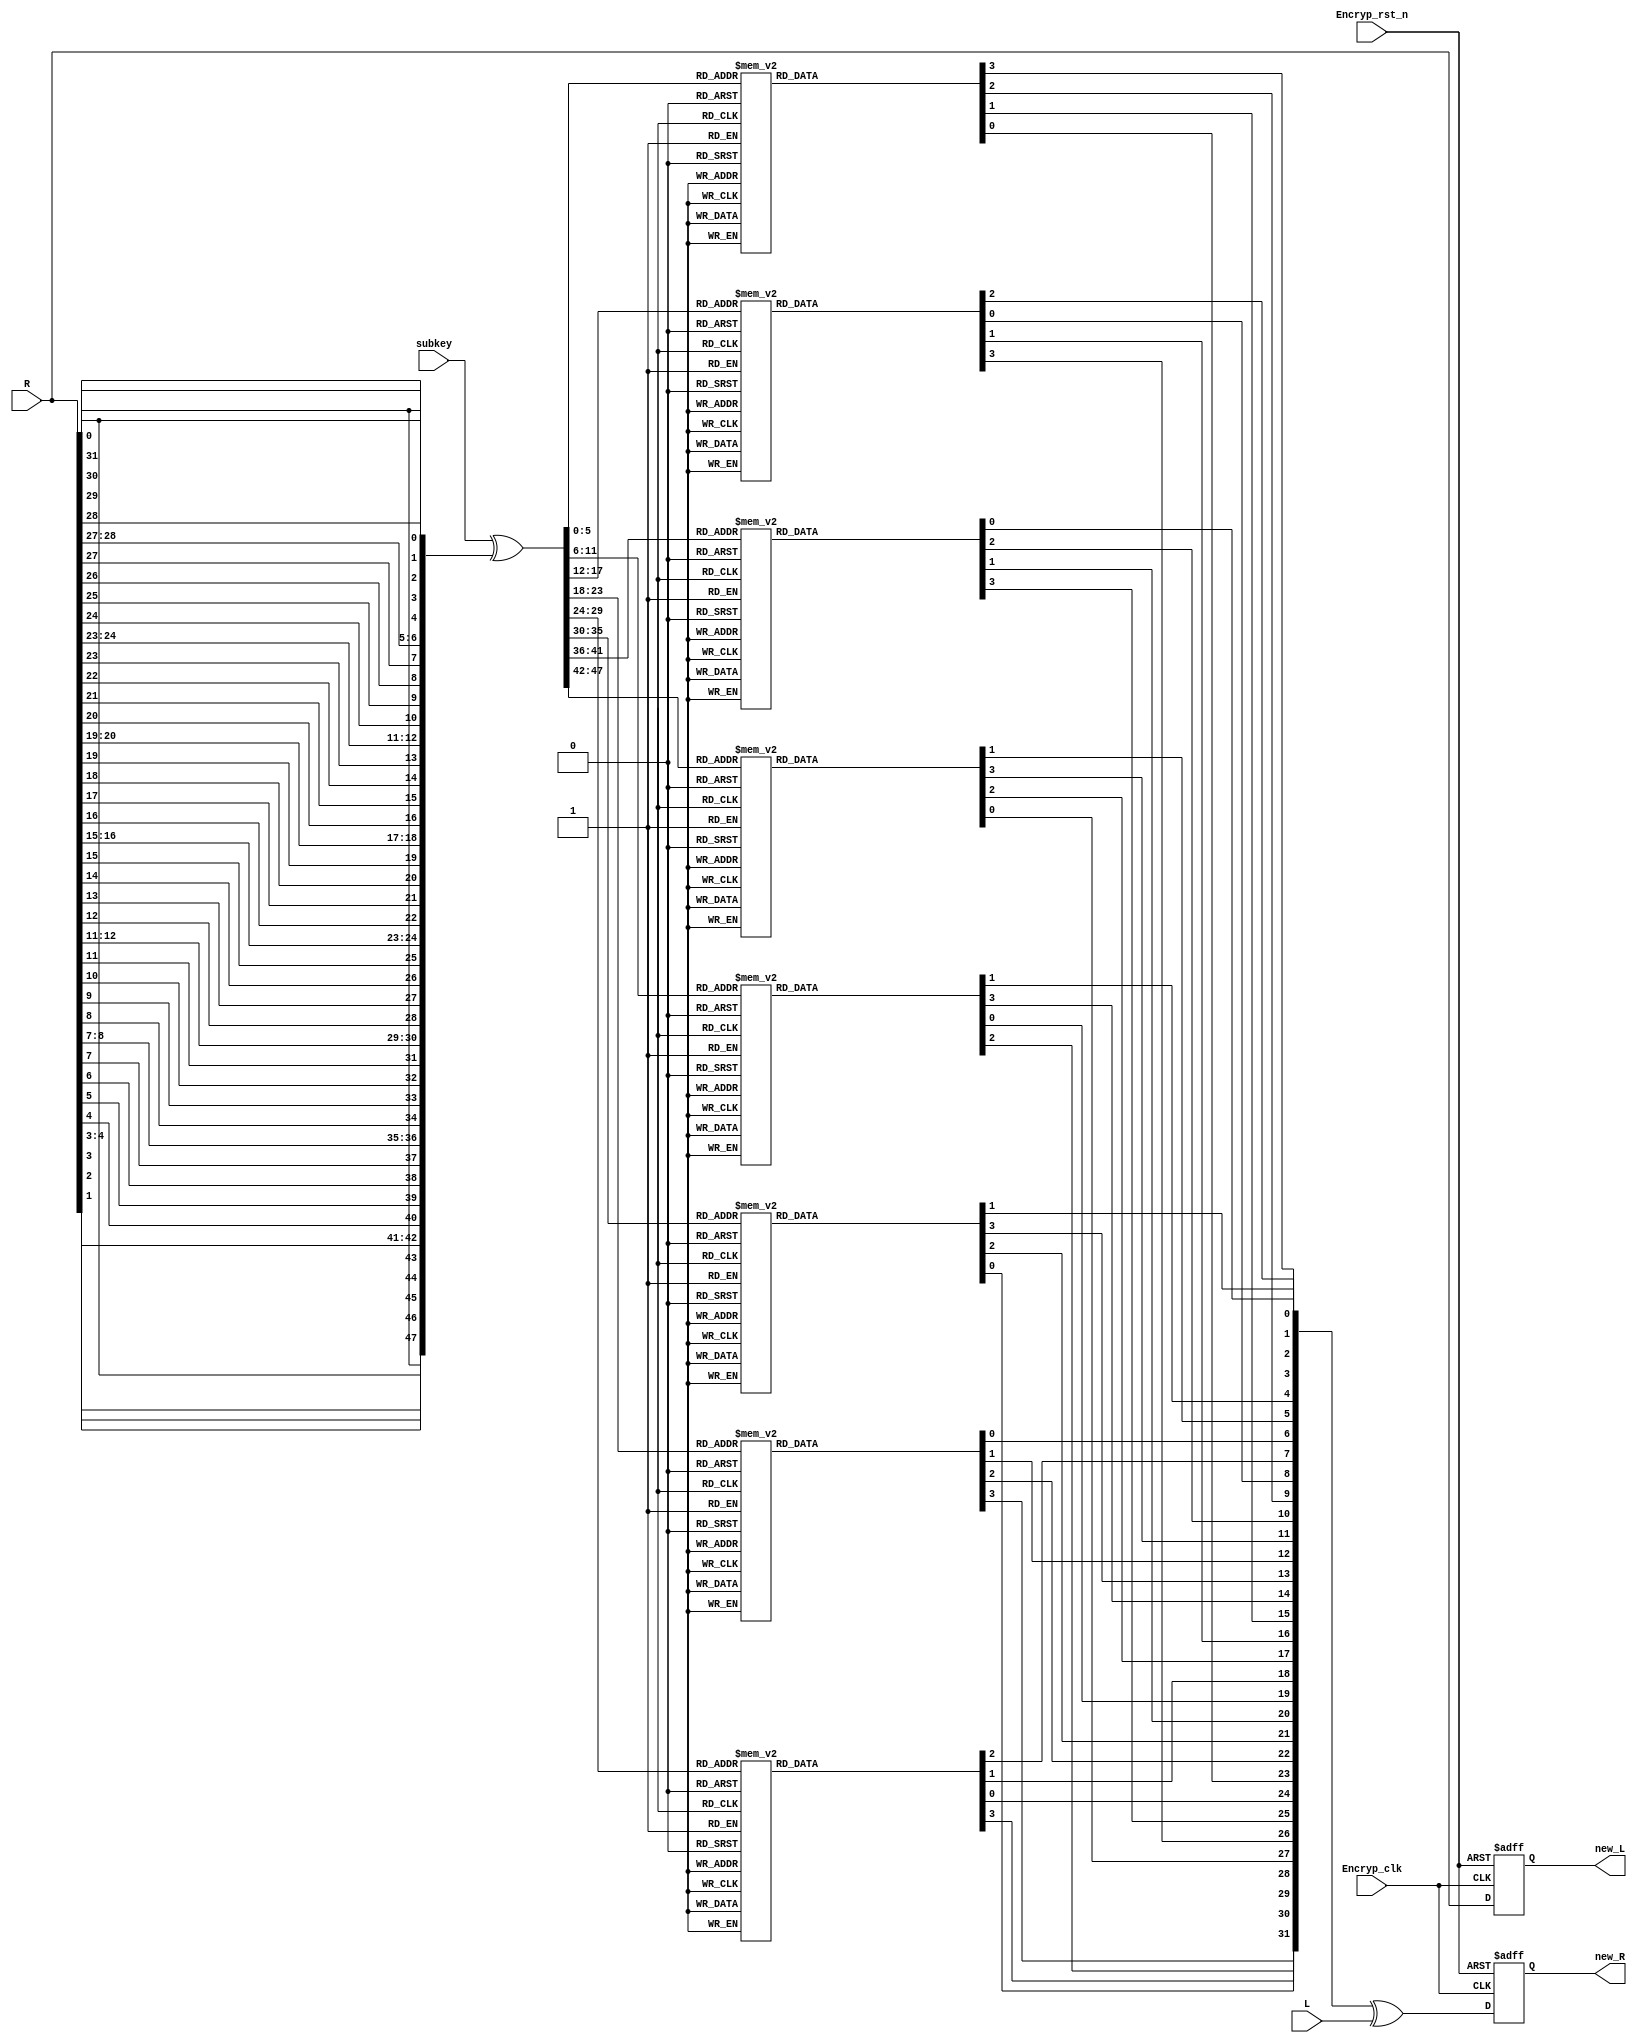
`timescale 1ns / 1ps
//////////////////////////////////////////////////////////////////////////////////
// Company: 
// Engineer: 
// 
// Design Name: 
// Module Name:    Encryption 
// Project Name: 
// Target Devices: 
// Tool versions: 
// Description: 
//
// Dependencies: 
//
// Revision: 
// Revision 0.01 - File Created
// Additional Comments: 
//
//////////////////////////////////////////////////////////////////////////////////
module Encryption(
    input [32:1] L,  //connected to the firstchangedout [63:32]
    input [32:1] R,  //connected to the firstchangedout [31:0 ]
    input [48:1] subkey,  //connected to the subkey_out [47:0 ]
    input Encryp_clk,     //same to the subkey_clk
    input Encryp_rst_n,   //same to the subkey_rst_n
//  input En,            //work controler
    output reg [32:1] new_R,
    output reg [32:1] new_L
    );
    


wire [48:1] Expend_R_out;
wire [48:1] subkey_xor_Expend_R;

/*Expend the R from 32bit to 48 bit*/
 assign Expend_R_out = { R[32],R[1] ,R[2] ,R[3] ,R[4] ,R[5],
		                    R[4] ,R[5] ,R[6] ,R[7] ,R[8] ,R[9],
								        R[8] ,R[9] ,R[10],R[11],R[12],R[13],
								        R[12],R[13],R[14],R[15],R[16],R[17],
								        R[16],R[17],R[18],R[19],R[20],R[21],
								        R[20],R[21],R[22],R[23],R[24],R[25],
								        R[24],R[25],R[26],R[27],R[28],R[29],
								        R[28],R[29],R[30],R[31],R[32],R[1] };
/*subkey xor Expend_R*/								        
assign subkey_xor_Expend_R = (subkey ^ Expend_R_out);
								        
/*devide subkey_xor_Expend_R into 8 group*/
wire [6:1] S_xor_R_1;
wire [6:1] S_xor_R_2;
wire [6:1] S_xor_R_3;
wire [6:1] S_xor_R_4;
wire [6:1] S_xor_R_5;
wire [6:1] S_xor_R_6;
wire [6:1] S_xor_R_7;
wire [6:1] S_xor_R_8;
assign {S_xor_R_1,S_xor_R_2,S_xor_R_3,S_xor_R_4,S_xor_R_5,S_xor_R_6,S_xor_R_7,S_xor_R_8} = subkey_xor_Expend_R[48:1];

/*8 s change array parameters
reg [4:1] s1 [1:64] = {4'd14,4'd4 ,4'd13,4'd1 ,4'd2 ,4'd15,4'd11,4'd8 ,4'd3 ,4'd10,4'd6 ,4'd12,4'd5 ,4'd9 ,4'd0 ,4'd7 ,
                            4'd0 ,4'd15,4'd7 ,4'd4 ,4'd14,4'd2 ,4'd13,4'd1 ,4'd10,4'd6 ,4'd12,4'd11,4'd9 ,4'd5 ,4'd3 ,4'd8 ,
							              4'd4 ,4'd1 ,4'd14,4'd8 ,4'd13,4'd6 ,4'd2 ,4'd11,4'd15,4'd12,4'd9 ,4'd7 ,4'd3 ,4'd10,4'd5 ,4'd0 ,
							              4'd15,4'd12,4'd8 ,4'd2 ,4'd4 ,4'd9 ,4'd1 ,4'd7 ,4'd5 ,4'd11,4'd3 ,4'd14,4'd10,4'd0 ,4'd6 ,4'd13 };

reg [4:1] s2 [1:64] = {4'd15,4'd1 ,4'd8 ,4'd14,4'd6 ,4'd11,4'd3 ,4'd4 ,4'd9 ,4'd7 ,4'd2 ,4'd13,4'd12,4'd0 ,4'd5 ,4'd10,
                            4'd3 ,4'd13,4'd4 ,4'd7 ,4'd15,4'd2 ,4'd8 ,4'd14,4'd12,4'd0 ,4'd1 ,4'd10,4'd6 ,4'd9 ,4'd11,4'd5 ,
                            4'd0 ,4'd14,4'd7 ,4'd11,4'd10,4'd4 ,4'd13,4'd1 ,4'd5 ,4'd8 ,4'd12,4'd6 ,4'd9 ,4'd3 ,4'd2 ,4'd15,
                            4'd13,4'd8 ,4'd10,4'd1 ,4'd3 ,4'd15,4'd4 ,4'd2 ,4'd11,4'd6 ,4'd7 ,4'd12,4'd0 ,4'd5 ,4'd14,4'd9  };

reg [4:1] s3 [1:64] = {4'd10,4'd0 ,4'd9 ,4'd14,4'd6 ,4'd3 ,4'd15,4'd5 ,4'd1 ,4'd13,4'd12,4'd7 ,4'd11,4'd4 ,4'd2 ,4'd8 ,
                            4'd13,4'd7 ,4'd0 ,4'd9 ,4'd3 ,4'd4 ,4'd6 ,4'd10,4'd2 ,4'd8 ,4'd5 ,4'd14,4'd12,4'd11,4'd15,4'd1 ,
                            4'd13,4'd6 ,4'd4 ,4'd9 ,4'd8 ,4'd15,4'd3 ,4'd0 ,4'd11,4'd1 ,4'd2 ,4'd12,4'd5 ,4'd10,4'd14,4'd7 ,
                            4'd1 ,4'd10,4'd13,4'd0 ,4'd6 ,4'd9 ,4'd8 ,4'd7 ,4'd4 ,4'd15,4'd14,4'd3 ,4'd11,4'd5 ,4'd2 ,4'd12 };

reg [4:1] s4 [1:64] = {4'd7 ,4'd13,4'd14,4'd3 ,4'd0 ,4'd6 ,4'd9 ,4'd10,4'd1 ,4'd2 ,4'd8 ,4'd5 ,4'd11,4'd12,4'd4 ,4'd15,
                            4'd13,4'd8 ,4'd11,4'd5 ,4'd6 ,4'd15,4'd0 ,4'd3 ,4'd4 ,4'd7 ,4'd2 ,4'd12,4'd1 ,4'd10,4'd14,4'd9 ,
                            4'd10,4'd6 ,4'd9 ,4'd0 ,4'd12,4'd11,4'd7 ,4'd13,4'd15,4'd1 ,4'd3 ,4'd14,4'd5 ,4'd2 ,4'd8 ,4'd4 ,
                            4'd3 ,4'd15,4'd0 ,4'd6 ,4'd10,4'd1 ,4'd13,4'd8 ,4'd9 ,4'd4 ,4'd5 ,4'd11,4'd12,4'd7 ,4'd2 ,4'd14 };

reg [4:1] s5 [1:64] = {4'd2 ,4'd12,4'd4 ,4'd1 ,4'd7 ,4'd10,4'd11,4'd6 ,4'd8 ,4'd5 ,4'd3 ,4'd15,4'd13,4'd0 ,4'd14,4'd9 ,
                            4'd14,4'd11,4'd2 ,4'd12,4'd4 ,4'd7 ,4'd13,4'd1 ,4'd5 ,4'd0 ,4'd15,4'd10,4'd3 ,4'd9 ,4'd8 ,4'd6 ,
                            4'd4 ,4'd2 ,4'd1 ,4'd11,4'd10,4'd13,4'd7 ,4'd8 ,4'd15,4'd9 ,4'd12,4'd5 ,4'd6 ,4'd3 ,4'd0 ,4'd14,
                            4'd11,4'd8 ,4'd12,4'd7 ,4'd1 ,4'd14,4'd2 ,4'd13,4'd6 ,4'd15,4'd0 ,4'd9 ,4'd10,4'd4 ,4'd5 ,4'd3  };

reg [4:1] s6 [1:64] = {4'd12,4'd1 ,4'd10,4'd15,4'd9 ,4'd2 ,4'd6 ,4'd8 ,4'd0 ,4'd13,4'd3 ,4'd4 ,4'd14,4'd7 ,4'd5 ,4'd11,
                            4'd10,4'd15,4'd4 ,4'd2 ,4'd7 ,4'd12,4'd9 ,4'd5 ,4'd6 ,4'd1 ,4'd13,4'd14,4'd0 ,4'd11,4'd3 ,4'd8 ,
                            4'd9 ,4'd14,4'd15,4'd5 ,4'd2 ,4'd8 ,4'd12,4'd3 ,4'd7 ,4'd0 ,4'd4 ,4'd10,4'd1 ,4'd13,4'd11,4'd6 ,
                            4'd4 ,4'd3 ,4'd2 ,4'd12,4'd9 ,4'd5 ,4'd15,4'd10,4'd11,4'd14,4'd1 ,4'd7 ,4'd6 ,4'd0 ,4'd8 ,4'd13 };							  

reg [4:1] s7 [1:64] = {4'd4 ,4'd11,4'd2 ,4'd14,4'd15,4'd0 ,4'd8 ,4'd13,4'd3 ,4'd12,4'd9 ,4'd7 ,4'd5 ,4'd10,4'd6 ,4'd1 ,
                            4'd13,4'd0 ,4'd11,4'd7 ,4'd4 ,4'd9 ,4'd1 ,4'd10,4'd14,4'd3 ,4'd5 ,4'd12,4'd2 ,4'd15,4'd8 ,4'd6 ,
                            4'd1 ,4'd4 ,4'd11,4'd13,4'd12,4'd3 ,4'd7 ,4'd14,4'd10,4'd15,4'd6 ,4'd8 ,4'd0 ,4'd5 ,4'd9 ,4'd2 ,
                            4'd6 ,4'd11,4'd13,4'd8 ,4'd1 ,4'd4 ,4'd10,4'd7 ,4'd9 ,4'd5 ,4'd0 ,4'd15,4'd14,4'd2 ,4'd3 ,4'd12 };

reg [4:1] s8 [1:64] = {4'd13,4'd2 ,4'd8 ,4'd4 ,4'd6 ,4'd15,4'd11,4'd1 ,4'd10,4'd9 ,4'd3 ,4'd14,4'd5 ,4'd0 ,4'd12,4'd7 ,
                            4'd1 ,4'd15,4'd13,4'd8 ,4'd10,4'd3 ,4'd7 ,4'd4 ,4'd12,4'd5 ,4'd6 ,4'd11,4'd0 ,4'd14,4'd9 ,4'd2 ,
                            4'd7 ,4'd11,4'd4 ,4'd1 ,4'd9 ,4'd12,4'd14,4'd2 ,4'd0 ,4'd6 ,4'd10,4'd13,4'd15,4'd3 ,4'd5 ,4'd8 ,
                            4'd2 ,4'd1 ,4'd14,4'd7 ,4'd4 ,4'd10,4'd8 ,4'd13,4'd15,4'd12,4'd9 ,4'd0 ,4'd3 ,4'd5 ,4'd6 ,4'd11 };

*/

/*s change*/
reg [4:1]s1_out,s2_out,s3_out,s4_out,s5_out,s6_out,s7_out,s8_out; /*8 output from sbox*/
wire [32:1] s_out;
assign s_out = {s1_out,s2_out,s3_out,s4_out,s5_out,s6_out,s7_out,s8_out};
//sbox_1 change				  
always @(S_xor_R_1)		
  begin
    case (S_xor_R_1)
      6'b000000 : s1_out = 4'd14;
      6'b000001 : s1_out = 4'd0 ;
      6'b000010 : s1_out = 4'd4 ;
      6'b000011 : s1_out = 4'd15;
      6'b000100 : s1_out = 4'd13;
      6'b000101 : s1_out = 4'd7 ;
      6'b000110 : s1_out = 4'd1 ;
      6'b000111 : s1_out = 4'd4 ;
      6'b001000 : s1_out = 4'd2 ;
      6'b001001 : s1_out = 4'd14;
      6'b001010 : s1_out = 4'd15;
      6'b001011 : s1_out = 4'd2 ;
      6'b001100 : s1_out = 4'd11;
      6'b001101 : s1_out = 4'd13;
      6'b001110 : s1_out = 4'd8 ;
      6'b001111 : s1_out = 4'd1 ;
      6'b010000 : s1_out = 4'd3 ;
      6'b010001 : s1_out = 4'd10;
      6'b010010 : s1_out = 4'd10;
      6'b010011 : s1_out = 4'd6 ;
      6'b010100 : s1_out = 4'd6 ;
      6'b010101 : s1_out = 4'd12;
      6'b010110 : s1_out = 4'd12;
      6'b010111 : s1_out = 4'd11;
      6'b011000 : s1_out = 4'd5 ;
      6'b011001 : s1_out = 4'd9 ;
      6'b011010 : s1_out = 4'd9 ;
      6'b011011 : s1_out = 4'd5 ;
      6'b011100 : s1_out = 4'd0 ;
      6'b011101 : s1_out = 4'd3 ;
      6'b011110 : s1_out = 4'd7 ;
      6'b011111 : s1_out = 4'd8 ;
      6'b100000 : s1_out = 4'd4 ;
      6'b100001 : s1_out = 4'd15;
      6'b100010 : s1_out = 4'd1 ;
      6'b100011 : s1_out = 4'd12;
      6'b100100 : s1_out = 4'd14;
      6'b100101 : s1_out = 4'd8 ;
      6'b100110 : s1_out = 4'd8;
      6'b100111 : s1_out = 4'd2 ;
      6'b101000 : s1_out = 4'd13;
      6'b101001 : s1_out = 4'd4 ;
      6'b101010 : s1_out = 4'd6 ;
      6'b101011 : s1_out = 4'd9 ;
      6'b101100 : s1_out = 4'd2 ;
      6'b101101 : s1_out = 4'd1 ;
      6'b101110 : s1_out = 4'd11;
      6'b101111 : s1_out = 4'd7 ;
      6'b110000 : s1_out = 4'd15;
      6'b110001 : s1_out = 4'd5 ;
      6'b110010 : s1_out = 4'd12;
      6'b110011 : s1_out = 4'd11;
      6'b110100 : s1_out = 4'd9 ;
      6'b110101 : s1_out = 4'd3 ;
      6'b110110 : s1_out = 4'd7 ;
      6'b110111 : s1_out = 4'd14;
      6'b111000 : s1_out = 4'd3 ;
      6'b111001 : s1_out = 4'd10;
      6'b111010 : s1_out = 4'd10;
      6'b111011 : s1_out = 4'd0 ;
      6'b111100 : s1_out = 4'd5 ;
      6'b111101 : s1_out = 4'd6 ;
      6'b111110 : s1_out = 4'd0 ;
      6'b111111 : s1_out = 4'd13;  
    endcase
  end
//sbox_2 change 
always @(S_xor_R_2)		
  begin
    case (S_xor_R_2)
      6'b000000 : s2_out = 4'd15;
      6'b000001 : s2_out = 4'd3 ;
      6'b000010 : s2_out = 4'd1 ;
      6'b000011 : s2_out = 4'd13;
      6'b000100 : s2_out = 4'd8 ;
      6'b000101 : s2_out = 4'd4 ;
      6'b000110 : s2_out = 4'd14;
      6'b000111 : s2_out = 4'd7 ;
      6'b001000 : s2_out = 4'd6 ;
      6'b001001 : s2_out = 4'd15;
      6'b001010 : s2_out = 4'd11;
      6'b001011 : s2_out = 4'd2 ;
      6'b001100 : s2_out = 4'd3 ;
      6'b001101 : s2_out = 4'd8 ;
      6'b001110 : s2_out = 4'd4 ;
      6'b001111 : s2_out = 4'd14;
      6'b010000 : s2_out = 4'd9 ;
      6'b010001 : s2_out = 4'd12;
      6'b010010 : s2_out = 4'd7 ;
      6'b010011 : s2_out = 4'd0 ;
      6'b010100 : s2_out = 4'd2 ;
      6'b010101 : s2_out = 4'd1 ;
      6'b010110 : s2_out = 4'd13;
      6'b010111 : s2_out = 4'd10;
      6'b011000 : s2_out = 4'd12;
      6'b011001 : s2_out = 4'd6 ;
      6'b011010 : s2_out = 4'd0 ;
      6'b011011 : s2_out = 4'd9 ;
      6'b011100 : s2_out = 4'd5 ;
      6'b011101 : s2_out = 4'd11;
      6'b011110 : s2_out = 4'd10;
      6'b011111 : s2_out = 4'd5 ;
      6'b100000 : s2_out = 4'd0 ;
      6'b100001 : s2_out = 4'd13;
      6'b100010 : s2_out = 4'd14;
      6'b100011 : s2_out = 4'd8 ;
      6'b100100 : s2_out = 4'd7 ;
      6'b100101 : s2_out = 4'd10;
      6'b100110 : s2_out = 4'd11;
      6'b100111 : s2_out = 4'd1 ;
      6'b101000 : s2_out = 4'd10;
      6'b101001 : s2_out = 4'd3 ;
      6'b101010 : s2_out = 4'd4 ;
      6'b101011 : s2_out = 4'd15;
      6'b101100 : s2_out = 4'd13;
      6'b101101 : s2_out = 4'd4 ;
      6'b101110 : s2_out = 4'd1 ;
      6'b101111 : s2_out = 4'd2 ;
      6'b110000 : s2_out = 4'd5 ;
      6'b110001 : s2_out = 4'd11;
      6'b110010 : s2_out = 4'd8 ;
      6'b110011 : s2_out = 4'd6 ;
      6'b110100 : s2_out = 4'd12;
      6'b110101 : s2_out = 4'd7 ;
      6'b110110 : s2_out = 4'd6 ;
      6'b110111 : s2_out = 4'd12;
      6'b111000 : s2_out = 4'd9 ;
      6'b111001 : s2_out = 4'd0 ;
      6'b111010 : s2_out = 4'd3 ;
      6'b111011 : s2_out = 4'd5 ;
      6'b111100 : s2_out = 4'd2 ;
      6'b111101 : s2_out = 4'd14;
      6'b111110 : s2_out = 4'd15;
      6'b111111 : s2_out = 4'd9 ;  
    endcase
  end
  //sbox_3 change 
  always @(S_xor_R_3)		
  begin
    case (S_xor_R_3)
      6'b000000 : s3_out = 4'd10;
      6'b000001 : s3_out = 4'd13;
      6'b000010 : s3_out = 4'd0 ;
      6'b000011 : s3_out = 4'd7 ;
      6'b000100 : s3_out = 4'd9 ;
      6'b000101 : s3_out = 4'd0 ;
      6'b000110 : s3_out = 4'd14;
      6'b000111 : s3_out = 4'd9 ;
      6'b001000 : s3_out = 4'd6 ;
      6'b001001 : s3_out = 4'd3 ;
      6'b001010 : s3_out = 4'd3 ;
      6'b001011 : s3_out = 4'd4 ;
      6'b001100 : s3_out = 4'd15;
      6'b001101 : s3_out = 4'd6 ;
      6'b001110 : s3_out = 4'd5 ;
      6'b001111 : s3_out = 4'd10;
      6'b010000 : s3_out = 4'd1 ;
      6'b010001 : s3_out = 4'd2 ;
      6'b010010 : s3_out = 4'd13;
      6'b010011 : s3_out = 4'd8 ;
      6'b010100 : s3_out = 4'd12;
      6'b010101 : s3_out = 4'd5 ;
      6'b010110 : s3_out = 4'd7 ;
      6'b010111 : s3_out = 4'd14;
      6'b011000 : s3_out = 4'd11;
      6'b011001 : s3_out = 4'd12;
      6'b011010 : s3_out = 4'd4 ;
      6'b011011 : s3_out = 4'd11;
      6'b011100 : s3_out = 4'd2 ;
      6'b011101 : s3_out = 4'd15;
      6'b011110 : s3_out = 4'd8 ;
      6'b011111 : s3_out = 4'd1 ;
      6'b100000 : s3_out = 4'd13;
      6'b100001 : s3_out = 4'd1 ;
      6'b100010 : s3_out = 4'd6 ;
      6'b100011 : s3_out = 4'd10;
      6'b100100 : s3_out = 4'd4 ;
      6'b100101 : s3_out = 4'd13;
      6'b100110 : s3_out = 4'd9 ;
      6'b100111 : s3_out = 4'd0 ;
      6'b101000 : s3_out = 4'd8 ;
      6'b101001 : s3_out = 4'd6 ;
      6'b101010 : s3_out = 4'd15;
      6'b101011 : s3_out = 4'd9 ;
      6'b101100 : s3_out = 4'd3 ;
      6'b101101 : s3_out = 4'd8 ;
      6'b101110 : s3_out = 4'd0 ;
      6'b101111 : s3_out = 4'd7 ;
      6'b110000 : s3_out = 4'd11;
      6'b110001 : s3_out = 4'd4 ;
      6'b110010 : s3_out = 4'd1 ;
      6'b110011 : s3_out = 4'd15;
      6'b110100 : s3_out = 4'd2 ;
      6'b110101 : s3_out = 4'd14;
      6'b110110 : s3_out = 4'd12;
      6'b110111 : s3_out = 4'd3 ;
      6'b111000 : s3_out = 4'd5 ;
      6'b111001 : s3_out = 4'd11;
      6'b111010 : s3_out = 4'd10;
      6'b111011 : s3_out = 4'd5 ;
      6'b111100 : s3_out = 4'd14 ;
      6'b111101 : s3_out = 4'd2 ;
      6'b111110 : s3_out = 4'd7 ;
      6'b111111 : s3_out = 4'd12;  
    endcase
  end
  //sbox_4 change
  always @(S_xor_R_4)		
  begin
    case (S_xor_R_4)
      6'b000000 : s4_out = 4'd7;
      6'b000001 : s4_out = 4'd13;
      6'b000010 : s4_out = 4'd13;
      6'b000011 : s4_out = 4'd8 ;
      6'b000100 : s4_out = 4'd14;
      6'b000101 : s4_out = 4'd11;
      6'b000110 : s4_out = 4'd3 ;
      6'b000111 : s4_out = 4'd5 ;
      6'b001000 : s4_out = 4'd0 ;
      6'b001001 : s4_out = 4'd6 ;
      6'b001010 : s4_out = 4'd6 ;
      6'b001011 : s4_out = 4'd15;
      6'b001100 : s4_out = 4'd9 ;
      6'b001101 : s4_out = 4'd0 ;
      6'b001110 : s4_out = 4'd10;
      6'b001111 : s4_out = 4'd3 ;
      6'b010000 : s4_out = 4'd1 ;
      6'b010001 : s4_out = 4'd4 ;
      6'b010010 : s4_out = 4'd2 ;
      6'b010011 : s4_out = 4'd7 ;
      6'b010100 : s4_out = 4'd8 ;
      6'b010101 : s4_out = 4'd2 ;
      6'b010110 : s4_out = 4'd5 ;
      6'b010111 : s4_out = 4'd12;
      6'b011000 : s4_out = 4'd11;
      6'b011001 : s4_out = 4'd1 ;
      6'b011010 : s4_out = 4'd12;
      6'b011011 : s4_out = 4'd10;
      6'b011100 : s4_out = 4'd4 ;
      6'b011101 : s4_out = 4'd14;
      6'b011110 : s4_out = 4'd15;
      6'b011111 : s4_out = 4'd9 ;
      6'b100000 : s4_out = 4'd10;
      6'b100001 : s4_out = 4'd3 ;
      6'b100010 : s4_out = 4'd6 ;
      6'b100011 : s4_out = 4'd15;
      6'b100100 : s4_out = 4'd9 ;
      6'b100101 : s4_out = 4'd0 ;
      6'b100110 : s4_out = 4'd0 ;
      6'b100111 : s4_out = 4'd6 ;
      6'b101000 : s4_out = 4'd12;
      6'b101001 : s4_out = 4'd10;
      6'b101010 : s4_out = 4'd11;
      6'b101011 : s4_out = 4'd1 ;
      6'b101100 : s4_out = 4'd7 ;
      6'b101101 : s4_out = 4'd13;
      6'b101110 : s4_out = 4'd13;
      6'b101111 : s4_out = 4'd8 ;
      6'b110000 : s4_out = 4'd15;
      6'b110001 : s4_out = 4'd9 ;
      6'b110010 : s4_out = 4'd1 ;
      6'b110011 : s4_out = 4'd4 ;
      6'b110100 : s4_out = 4'd3 ;
      6'b110101 : s4_out = 4'd5;
      6'b110110 : s4_out = 4'd14;
      6'b110111 : s4_out = 4'd11;
      6'b111000 : s4_out = 4'd5 ;
      6'b111001 : s4_out = 4'd12;
      6'b111010 : s4_out = 4'd2 ;
      6'b111011 : s4_out = 4'd7 ;
      6'b111100 : s4_out = 4'd8 ;
      6'b111101 : s4_out = 4'd2 ;
      6'b111110 : s4_out = 4'd4 ;
      6'b111111 : s4_out = 4'd14;  
    endcase
  end
  //sbox_5 change 
  always @(S_xor_R_5)		
  begin
    case (S_xor_R_5)
      6'b000000 : s5_out = 4'd2;
      6'b000001 : s5_out = 4'd14;
      6'b000010 : s5_out = 4'd12;
      6'b000011 : s5_out = 4'd11;
      6'b000100 : s5_out = 4'd4 ;
      6'b000101 : s5_out = 4'd2 ;
      6'b000110 : s5_out = 4'd1 ;
      6'b000111 : s5_out = 4'd12;
      6'b001000 : s5_out = 4'd7 ;
      6'b001001 : s5_out = 4'd4 ;
      6'b001010 : s5_out = 4'd10;
      6'b001011 : s5_out = 4'd7 ;
      6'b001100 : s5_out = 4'd11;
      6'b001101 : s5_out = 4'd13;
      6'b001110 : s5_out = 4'd6 ;
      6'b001111 : s5_out = 4'd1 ;
      6'b010000 : s5_out = 4'd8 ;
      6'b010001 : s5_out = 4'd5 ;
      6'b010010 : s5_out = 4'd5 ;
      6'b010011 : s5_out = 4'd0 ;
      6'b010100 : s5_out = 4'd3 ;
      6'b010101 : s5_out = 4'd15;
      6'b010110 : s5_out = 4'd15;
      6'b010111 : s5_out = 4'd10;
      6'b011000 : s5_out = 4'd13 ;
      6'b011001 : s5_out = 4'd3 ;
      6'b011010 : s5_out = 4'd0 ;
      6'b011011 : s5_out = 4'd9 ;
      6'b011100 : s5_out = 4'd14;
      6'b011101 : s5_out = 4'd8 ;
      6'b011110 : s5_out = 4'd9 ;
      6'b011111 : s5_out = 4'd6 ;
      6'b100000 : s5_out = 4'd4 ;
      6'b100001 : s5_out = 4'd11;
      6'b100010 : s5_out = 4'd2 ;
      6'b100011 : s5_out = 4'd8 ;
      6'b100100 : s5_out = 4'd1 ;
      6'b100101 : s5_out = 4'd12;
      6'b100110 : s5_out = 4'd11;
      6'b100111 : s5_out = 4'd7 ;
      6'b101000 : s5_out = 4'd10;
      6'b101001 : s5_out = 4'd1 ;
      6'b101010 : s5_out = 4'd13;
      6'b101011 : s5_out = 4'd14;
      6'b101100 : s5_out = 4'd7 ;
      6'b101101 : s5_out = 4'd2 ;
      6'b101110 : s5_out = 4'd8 ;
      6'b101111 : s5_out = 4'd13;
      6'b110000 : s5_out = 4'd15;
      6'b110001 : s5_out = 4'd6 ;
      6'b110010 : s5_out = 4'd9 ;
      6'b110011 : s5_out = 4'd15;
      6'b110100 : s5_out = 4'd12;
      6'b110101 : s5_out = 4'd0 ;
      6'b110110 : s5_out = 4'd5 ;
      6'b110111 : s5_out = 4'd9 ;
      6'b111000 : s5_out = 4'd6 ;
      6'b111001 : s5_out = 4'd10;
      6'b111010 : s5_out = 4'd3 ;
      6'b111011 : s5_out = 4'd4 ;
      6'b111100 : s5_out = 4'd0 ;
      6'b111101 : s5_out = 4'd5 ;
      6'b111110 : s5_out = 4'd14;
      6'b111111 : s5_out = 4'd3 ;  
    endcase
  end
  //sbox_6 change 
  always @(S_xor_R_6)		
  begin
    case (S_xor_R_6)
      6'b000000 : s6_out = 4'd12;
      6'b000001 : s6_out = 4'd10;
      6'b000010 : s6_out = 4'd1 ;
      6'b000011 : s6_out = 4'd15;
      6'b000100 : s6_out = 4'd10;
      6'b000101 : s6_out = 4'd4 ;
      6'b000110 : s6_out = 4'd15;
      6'b000111 : s6_out = 4'd2 ;
      6'b001000 : s6_out = 4'd9 ;
      6'b001001 : s6_out = 4'd7 ;
      6'b001010 : s6_out = 4'd2 ;
      6'b001011 : s6_out = 4'd12;
      6'b001100 : s6_out = 4'd6 ;
      6'b001101 : s6_out = 4'd9 ;
      6'b001110 : s6_out = 4'd8 ;
      6'b001111 : s6_out = 4'd5 ;
      6'b010000 : s6_out = 4'd0 ;
      6'b010001 : s6_out = 4'd6 ;
      6'b010010 : s6_out = 4'd13;
      6'b010011 : s6_out = 4'd1 ;
      6'b010100 : s6_out = 4'd3 ;
      6'b010101 : s6_out = 4'd13;
      6'b010110 : s6_out = 4'd4 ;
      6'b010111 : s6_out = 4'd14;
      6'b011000 : s6_out = 4'd14;
      6'b011001 : s6_out = 4'd0 ;
      6'b011010 : s6_out = 4'd7 ;
      6'b011011 : s6_out = 4'd11;
      6'b011100 : s6_out = 4'd5 ;
      6'b011101 : s6_out = 4'd3 ;
      6'b011110 : s6_out = 4'd11;
      6'b011111 : s6_out = 4'd8 ;
      6'b100000 : s6_out = 4'd9 ;
      6'b100001 : s6_out = 4'd4 ;
      6'b100010 : s6_out = 4'd14;
      6'b100011 : s6_out = 4'd3 ;
      6'b100100 : s6_out = 4'd15;
      6'b100101 : s6_out = 4'd2 ;
      6'b100110 : s6_out = 4'd5 ;
      6'b100111 : s6_out = 4'd12;
      6'b101000 : s6_out = 4'd2 ;
      6'b101001 : s6_out = 4'd9 ;
      6'b101010 : s6_out = 4'd8 ;
      6'b101011 : s6_out = 4'd5 ;
      6'b101100 : s6_out = 4'd12;
      6'b101101 : s6_out = 4'd15;
      6'b101110 : s6_out = 4'd3 ;
      6'b101111 : s6_out = 4'd10;
      6'b110000 : s6_out = 4'd7 ;
      6'b110001 : s6_out = 4'd11;
      6'b110010 : s6_out = 4'd0 ;
      6'b110011 : s6_out = 4'd14;
      6'b110100 : s6_out = 4'd4 ;
      6'b110101 : s6_out = 4'd1 ;
      6'b110110 : s6_out = 4'd10;
      6'b110111 : s6_out = 4'd7 ;
      6'b111000 : s6_out = 4'd1 ;
      6'b111001 : s6_out = 4'd6 ;
      6'b111010 : s6_out = 4'd13;
      6'b111011 : s6_out = 4'd0 ;
      6'b111100 : s6_out = 4'd11;
      6'b111101 : s6_out = 4'd8 ;
      6'b111110 : s6_out = 4'd6 ;
      6'b111111 : s6_out = 4'd13;  
    endcase
  end
  //sbox_7 change 
  always @(S_xor_R_7)		
  begin
    case (S_xor_R_7)
      6'b000000 : s7_out = 4'd4 ;
      6'b000001 : s7_out = 4'd13;
      6'b000010 : s7_out = 4'd11;
      6'b000011 : s7_out = 4'd0 ;
      6'b000100 : s7_out = 4'd2 ;
      6'b000101 : s7_out = 4'd11;
      6'b000110 : s7_out = 4'd14;
      6'b000111 : s7_out = 4'd7 ;
      6'b001000 : s7_out = 4'd15;
      6'b001001 : s7_out = 4'd4 ;
      6'b001010 : s7_out = 4'd0 ;
      6'b001011 : s7_out = 4'd9 ;
      6'b001100 : s7_out = 4'd8 ;
      6'b001101 : s7_out = 4'd1 ;
      6'b001110 : s7_out = 4'd13;
      6'b001111 : s7_out = 4'd10;
      6'b010000 : s7_out = 4'd3 ;
      6'b010001 : s7_out = 4'd14;
      6'b010010 : s7_out = 4'd12;
      6'b010011 : s7_out = 4'd3 ;
      6'b010100 : s7_out = 4'd9 ;
      6'b010101 : s7_out = 4'd5 ;
      6'b010110 : s7_out = 4'd7 ;
      6'b010111 : s7_out = 4'd12;
      6'b011000 : s7_out = 4'd5 ;
      6'b011001 : s7_out = 4'd2 ;
      6'b011010 : s7_out = 4'd10;
      6'b011011 : s7_out = 4'd15;
      6'b011100 : s7_out = 4'd6 ;
      6'b011101 : s7_out = 4'd8 ;
      6'b011110 : s7_out = 4'd1 ;
      6'b011111 : s7_out = 4'd6 ;
      6'b100000 : s7_out = 4'd1 ;
      6'b100001 : s7_out = 4'd6 ;
      6'b100010 : s7_out = 4'd4 ;
      6'b100011 : s7_out = 4'd11;
      6'b100100 : s7_out = 4'd11;
      6'b100101 : s7_out = 4'd13;
      6'b100110 : s7_out = 4'd13;
      6'b100111 : s7_out = 4'd8 ;
      6'b101000 : s7_out = 4'd12;
      6'b101001 : s7_out = 4'd1 ;
      6'b101010 : s7_out = 4'd3 ;
      6'b101011 : s7_out = 4'd4 ;
      6'b101100 : s7_out = 4'd7 ;
      6'b101101 : s7_out = 4'd10;
      6'b101110 : s7_out = 4'd14;
      6'b101111 : s7_out = 4'd7 ;
      6'b110000 : s7_out = 4'd10;
      6'b110001 : s7_out = 4'd9 ;
      6'b110010 : s7_out = 4'd15;
      6'b110011 : s7_out = 4'd5 ;
      6'b110100 : s7_out = 4'd6 ;
      6'b110101 : s7_out = 4'd0 ;
      6'b110110 : s7_out = 4'd8 ;
      6'b110111 : s7_out = 4'd15;
      6'b111000 : s7_out = 4'd0 ;
      6'b111001 : s7_out = 4'd14;
      6'b111010 : s7_out = 4'd5 ;
      6'b111011 : s7_out = 4'd2 ;
      6'b111100 : s7_out = 4'd9 ;
      6'b111101 : s7_out = 4'd3 ;
      6'b111110 : s7_out = 4'd2 ;
      6'b111111 : s7_out = 4'd12;  
    endcase
  end
  //sbox_8 change
  always @(S_xor_R_8)		
  begin
    case (S_xor_R_8)
      6'b000000 : s8_out = 4'd13;
      6'b000001 : s8_out = 4'd1 ;
      6'b000010 : s8_out = 4'd2 ;
      6'b000011 : s8_out = 4'd15;
      6'b000100 : s8_out = 4'd8 ;
      6'b000101 : s8_out = 4'd13;
      6'b000110 : s8_out = 4'd4 ;
      6'b000111 : s8_out = 4'd8 ;
      6'b001000 : s8_out = 4'd6 ;
      6'b001001 : s8_out = 4'd10;
      6'b001010 : s8_out = 4'd15;
      6'b001011 : s8_out = 4'd3 ;
      6'b001100 : s8_out = 4'd11;
      6'b001101 : s8_out = 4'd7 ;
      6'b001110 : s8_out = 4'd1 ;
      6'b001111 : s8_out = 4'd4 ;
      6'b010000 : s8_out = 4'd10;
      6'b010001 : s8_out = 4'd12;
      6'b010010 : s8_out = 4'd9 ;
      6'b010011 : s8_out = 4'd5 ;
      6'b010100 : s8_out = 4'd3 ;
      6'b010101 : s8_out = 4'd6 ;
      6'b010110 : s8_out = 4'd14;
      6'b010111 : s8_out = 4'd11;
      6'b011000 : s8_out = 4'd5 ;
      6'b011001 : s8_out = 4'd0 ;
      6'b011010 : s8_out = 4'd0 ;
      6'b011011 : s8_out = 4'd14;
      6'b011100 : s8_out = 4'd12;
      6'b011101 : s8_out = 4'd9 ;
      6'b011110 : s8_out = 4'd7 ;
      6'b011111 : s8_out = 4'd2 ;
      6'b100000 : s8_out = 4'd7 ;
      6'b100001 : s8_out = 4'd2 ;
      6'b100010 : s8_out = 4'd11;
      6'b100011 : s8_out = 4'd1 ;
      6'b100100 : s8_out = 4'd4 ;
      6'b100101 : s8_out = 4'd14;
      6'b100110 : s8_out = 4'd1 ;
      6'b100111 : s8_out = 4'd7 ;
      6'b101000 : s8_out = 4'd9 ;
      6'b101001 : s8_out = 4'd4 ;
      6'b101010 : s8_out = 4'd12;
      6'b101011 : s8_out = 4'd10;
      6'b101100 : s8_out = 4'd14;
      6'b101101 : s8_out = 4'd8 ;
      6'b101110 : s8_out = 4'd2 ;
      6'b101111 : s8_out = 4'd13;
      6'b110000 : s8_out = 4'd0 ;
      6'b110001 : s8_out = 4'd15;
      6'b110010 : s8_out = 4'd6 ;
      6'b110011 : s8_out = 4'd12;
      6'b110100 : s8_out = 4'd10;
      6'b110101 : s8_out = 4'd9 ;
      6'b110110 : s8_out = 4'd13;
      6'b110111 : s8_out = 4'd0 ;
      6'b111000 : s8_out = 4'd15;
      6'b111001 : s8_out = 4'd3 ;
      6'b111010 : s8_out = 4'd3 ;
      6'b111011 : s8_out = 4'd5 ;
      6'b111100 : s8_out = 4'd5 ;
      6'b111101 : s8_out = 4'd6 ;
      6'b111110 : s8_out = 4'd8 ;
      6'b111111 : s8_out = 4'd11;  
    endcase
  end
//direct change
wire [32:1] directchange_out;
assign directchange_out = {s_out[16],s_out[7],s_out[20],s_out[21],s_out[29],s_out[12],s_out[28],s_out[17],
                           s_out[1],s_out[15],s_out[23],s_out[26],s_out[5],s_out[18],s_out[31],s_out[10],
                           s_out[2],s_out[8],s_out[24],s_out[14],s_out[32],s_out[27],s_out[3],s_out[9],
                           s_out[19],s_out[13],s_out[30],s_out[6],s_out[22],s_out[11],s_out[4],s_out[25]};
                          
/*directchange_out xor L*/
wire [32:1] directchange_xor_L;
assign  directchange_xor_L = directchange_out ^ L;           
/*regist-output*/
always @(posedge Encryp_clk or negedge Encryp_rst_n)
if (!Encryp_rst_n)
    begin
	    new_R <= 32'h0;
	    new_L <= 32'h0;
	 end
else
    begin
      new_R <= directchange_xor_L;
      new_L <= R; 
	  end
endmodule